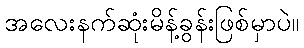
အလေးနက်ဆုံးမိန့်ခွန်းဖြစ်မှာပဲ။